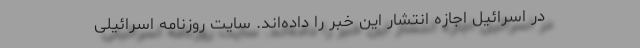
در اسرائیل اجازه انتشار این خبر را داده‌اند. سایت روزنامه اسرائیلی